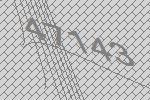
47143